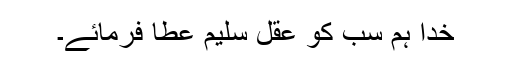
خدا ہم سب کو عقل سلیم عطا فرمائے۔